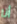
أنا